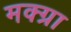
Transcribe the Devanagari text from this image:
मक्ग्रा